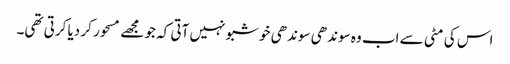
اس کی مٹی سے اب وہ سوندھی سوندھی خوشبو نہیں آتی کہ جو مجھے مسحور کر دیا کرتی تھی۔